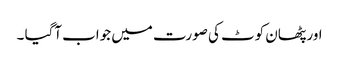
اور پٹھان کوٹ کی صورت میں جواب آگیا ۔